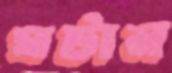
ঘটান